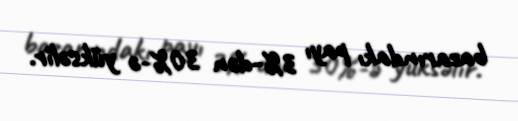
bazarındakı payı 3%-dən 30%-ə yüksəlir.